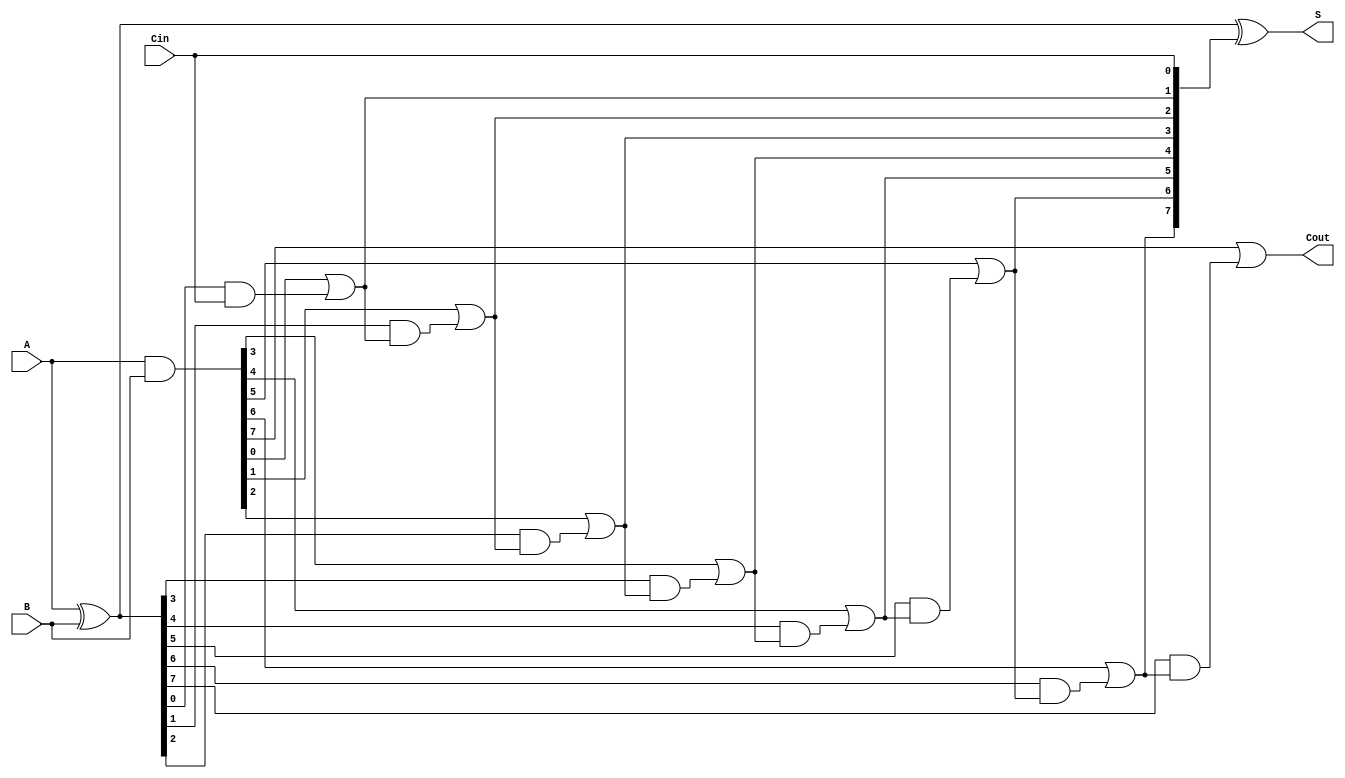
module KoggeStoneAdder #(
    parameter integer n = 8  // Width of the operands
) (
    input  wire [n-1:0] A,   // First operand
    input  wire [n-1:0] B,   // Second operand
    input  wire Cin,         // Carry-in
    output wire [n-1:0] S,   // Sum output
    output wire Cout         // Carry-out
);
    // Generate and Propagate signals
    wire [n-1:0] G;  // Generate
    wire [n-1:0] P;  // Propagate
    wire [n:0] C;    // Carry signals

    // Generate and Propagate calculations
    assign G = A & B;         // Generate
    assign P = A ^ B;         // Propagate

    // Initialize carry-in
    assign C[0] = Cin;

    // Stage 1: Generate carries
    genvar i, j;
    generate
        // Calculate carries for each level
        for (i = 1; i < n+1; i = i + 1) begin : carry_stage
            assign C[i] = G[i-1] | (P[i-1] & C[i-1]);
        end
    endgenerate

    // Sum calculation
    assign S = P ^ C[n-1:0]; // Sum bits using last carry values
    assign Cout = C[n];      // Final carry out

endmodule